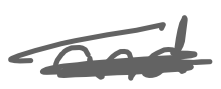
Text: and
Cross-out: scratch
Writing tool: digital_gray